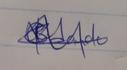
Signature authenticity: genuine